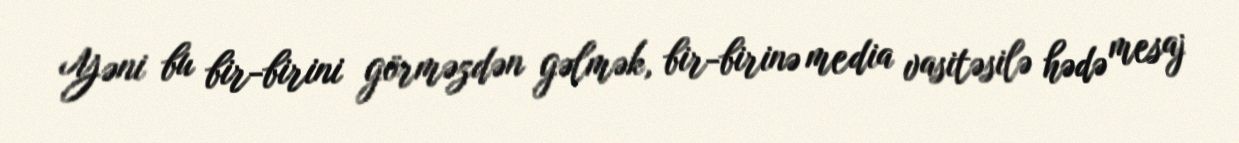
Yəni bu bir-birini görməzdən gəlmək, bir-birinə media vasitəsilə hədə mesaj